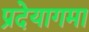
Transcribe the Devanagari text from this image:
प्रदेयागमा